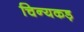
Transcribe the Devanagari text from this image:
चिन्यकड़